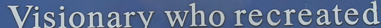
Visionary who recreated